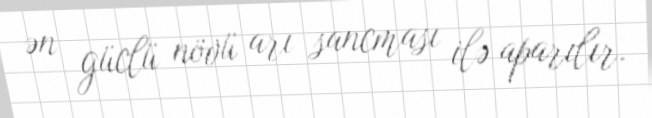
ən güclü növü arı sancması ilə aparılır.